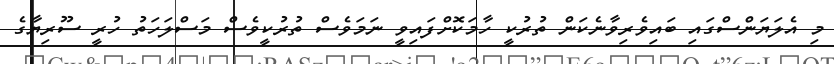
މި އެލަޔަންސްގައި ބައިވެރިވާނެކަން ތުރުކީ ހާމަކޮށްފައިވީ ނަމަވެސް ތުރުކީވެސް މަސްލަހަތު ހުރީ ސޫރިޔާގެ